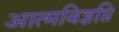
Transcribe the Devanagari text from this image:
आत्मविज्ञप्ति